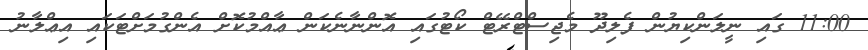
11:00 ގައި ނީލަންކިޔުން ފެލިދޫ މެޖިސްޓްރޭޓް ކޯޓުގައި އޮންނާނެކަން ޢާއްމުކޮށް އެންގުމަށްޓަކައި އިޢްލާނު